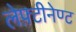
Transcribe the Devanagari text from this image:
लेफ़्टीनेण्ट